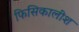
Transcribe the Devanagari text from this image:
फिसिकालीश